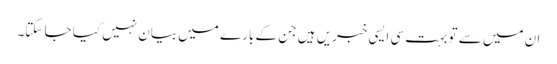
ان میں سے تو بہت سی ایسی خبریں ہیں جن کے بارے میں بیان نہیں کیا جا سکتا۔